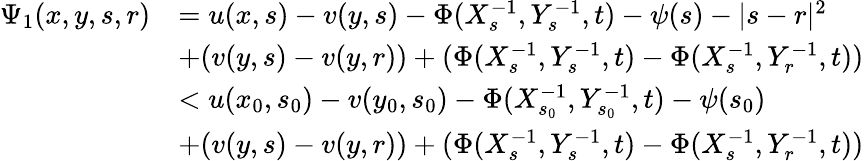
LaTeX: \begin{array}{rl}{\Psi_{1}(x,y,s,r)}&{=u(x,s)-v(y,s)-\Phi(X_{s}^{-1},Y_{s}^{-1},t)-\psi(s)-|s-r|^{2}}\\ &{+(v(y,s)-v(y,r))+(\Phi(X_{s}^{-1},Y_{s}^{-1},t)-\Phi(X_{s}^{-1},Y_{r}^{-1},t))}\\ &{<u(x_{0},s_{0})-v(y_{0},s_{0})-\Phi(X_{s_{0}}^{-1},Y_{s_{0}}^{-1},t)-\psi(s_{0})}\\ &{+(v(y,s)-v(y,r))+(\Phi(X_{s}^{-1},Y_{s}^{-1},t)-\Phi(X_{s}^{-1},Y_{r}^{-1},t))}\end{array}